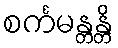
စင်္ကမန္တန္တိ